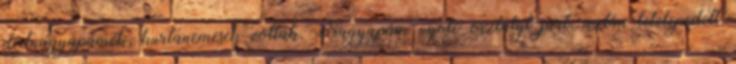
dédnagyapámék, kurtanemesek voltak. Nagyapám nyolc osztályt járt, aztán letelepedett